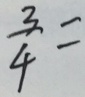
\frac { 3 } { 4 } =